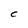
Character: C